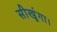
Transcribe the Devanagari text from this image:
सीखूंगा।